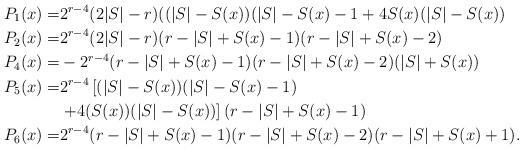
LaTeX: \begin{align*}P_1(x)=&2^{r-4}(2|S|-r)((|S|-S(x))(|S|-S(x)-1+4S(x)(|S|-S(x))\\P_2(x)=&2^{r-4}(2|S|-r)(r-|S|+S(x)-1)(r-|S|+S(x)-2)\\P_4(x)=&-2^{r-4}(r-|S|+S(x)-1)(r-|S|+S(x)-2)(|S|+S(x))\\P_5(x)=&2^{r-4}\left [ (|S|-S(x))(|S|-S(x)-1) \right .\\ &\left . +4(S(x))(|S|-S(x)) \right ](r-|S|+S(x)-1)\\P_6(x)=&2^{r-4}(r-|S|+S(x)-1)(r-|S|+S(x)-2)(r-|S|+S(x)+1).\end{align*}